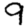
Digit: 9